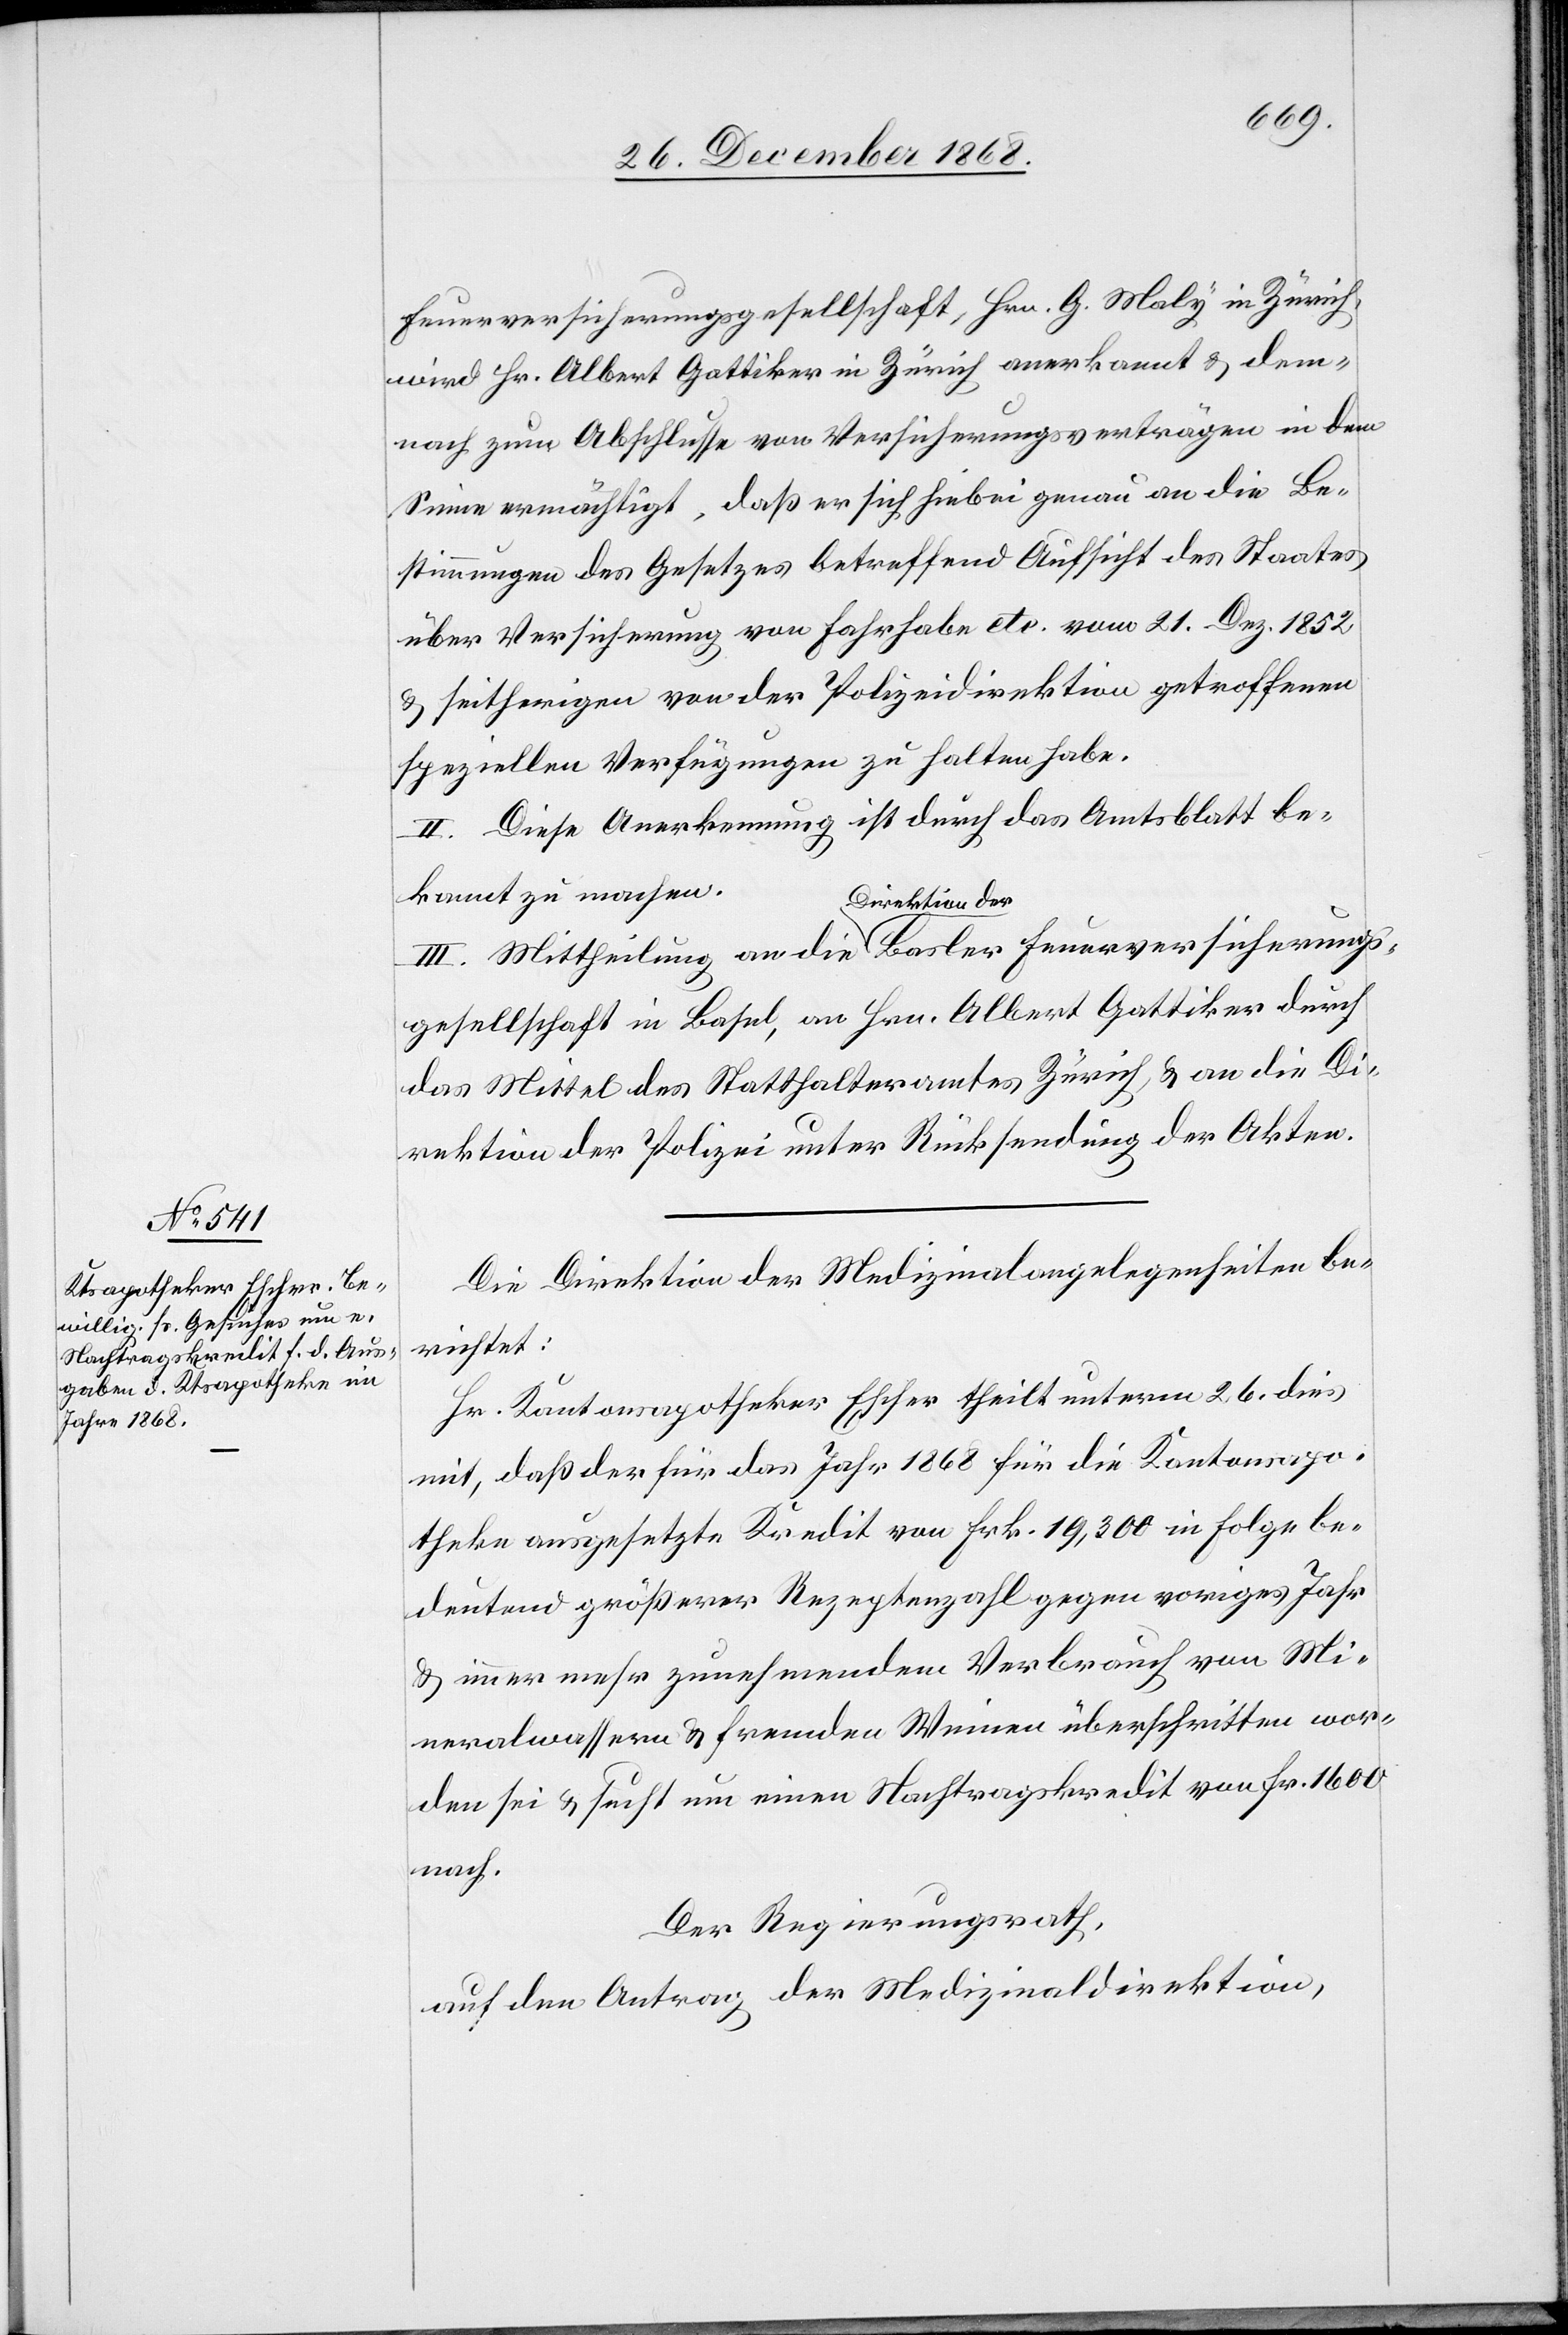
Feuerversicherungsgesellschaft, Hrn. G. Maly in Zürich,
wird Hr. Albert Gattiker in Zürich anerkannt & dem¬
nach zum Abschlusse von Versicherungsverträgen in dem
Sinne ermächtigt, daß er sich hiebei genau an die Be¬
stimmungen des Gesetzes betreffend Aufsicht des Staates
über Versicherung von Fahrhabe etc. vom 21. Dez. 1852
& seitherigen von der Polizeidirektion getroffenen
speziellen Verfügungen zu halten habe.
II. Diese Anerkennung ist durch das Amtsblatt be¬
kannt zu machen.
III. Mittheilung an die Direktion der Basler Feuerversicherungs¬
gesellschaft in Basel, an Hrn. Albert Gattiker durch
das Mittel des Statthalteramtes Zürich, & an die Di¬
rektion der Polizei unter Rücksendung der Akten.
Die Direktion der Medizinalangelegenheiten be¬
richtet:
Hr. Kantonsapotheker Escher theilt unterm 26. dies
mit, daß der für das Jahr 1868 für die Kantonsapo¬
theke ausgesetzte Kredit von Frk. 19,300 in Folge be¬
deutend größerer Rezeptenzahl gegen voriges Jahr
& immer mehr zunehmendem Verbrauch von Mi¬
neralwassern & fremden Weinen überschritten wor¬
den sei & sucht um einen Nachtragskredit von Fr. 1600
nach.
Der Regierungsrath,
auf den Antrag der Medizinaldirektion,